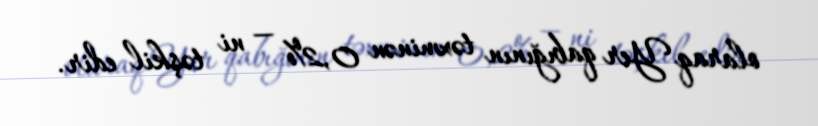
olaraq Yer qabığının təxminən 0,2% — ni təşkil edir.